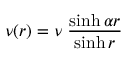
\nu ( r ) = \nu \; \frac { \sinh \alpha r } { \sinh r }